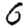
Digit: 6